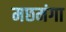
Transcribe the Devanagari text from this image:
मछमंगा